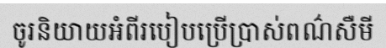
ចូរនិយាយអំពីរបៀបប្រើប្រាស់ពណ៌សឺមី